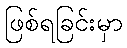
ဖြစ်ရခြင်းမှာ